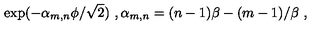
\exp ( - \alpha _ { m , n } \phi / \sqrt 2 ) \ , \alpha _ { m , n } = ( n - 1 ) \beta - ( m - 1 ) / \beta \ ,